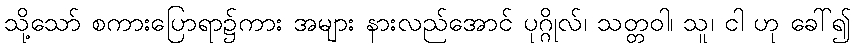
သို့သော် စကားပြောရာ၌ကား အများ နားလည်အောင် ပုဂ္ဂိုလ်၊ သတ္တဝါ၊ သူ၊ ငါ ဟု ခေါ်၍